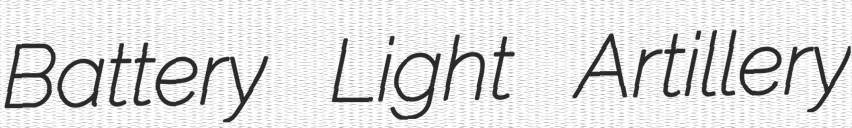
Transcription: Battery Light Artillery